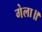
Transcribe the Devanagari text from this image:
गेला॥